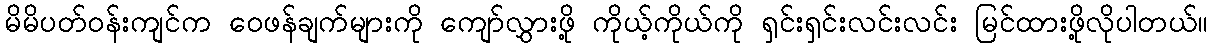
မိမိပတ်ဝန်းကျင်က ဝေဖန်ချက်များကို ကျော်လွှားဖို့ ကိုယ့်ကိုယ်ကို ရှင်းရှင်းလင်းလင်း မြင်ထားဖို့လိုပါတယ်။